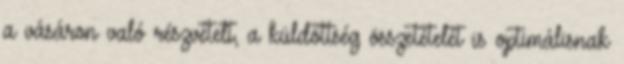
a vásáron való részvételt, a küldöttség összetételét is optimálisnak